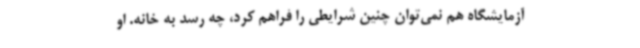
آزمایشگاه هم نمی‌توان چنین شرایطی را فراهم کرد، چه رسد به خانه. او